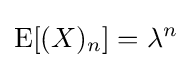
\operatorname {E} [(X)_{n}]=\lambda ^{n}